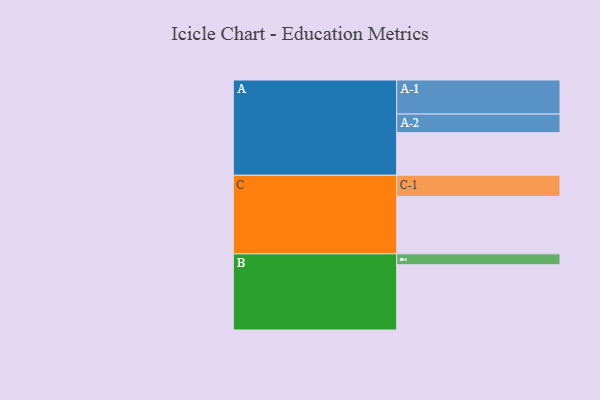
{"axis": {"x": "Segment", "y": "Value"}, "legend": ["", "A", "B", "C"], "data": [{"x": "A", "y": 308, "type": ""}, {"x": "B", "y": 471, "type": ""}, {"x": "C", "y": 415, "type": ""}, {"x": "A-1", "y": 246, "type": "A"}, {"x": "A-2", "y": 134, "type": "A"}, {"x": "B-1", "y": 79, "type": "B"}, {"x": "C-1", "y": 152, "type": "C"}]}